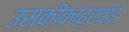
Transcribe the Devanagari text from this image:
उसकीकार्रवाई